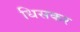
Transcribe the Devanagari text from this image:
धिसकर